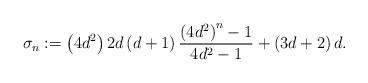
LaTeX: \begin{align*}\sigma_{n}:=\left( 4d^{2}\right) 2d\left( d+1\right) \frac{\left(4d^{2}\right) ^{n}-1}{4d^{2}-1}+\left( 3d+2\right) d. \end{align*}